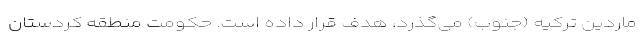
ماردین ترکیه (جنوب) می‌گذرد، هدف قرار داده است. حکومت منطقه کردستان